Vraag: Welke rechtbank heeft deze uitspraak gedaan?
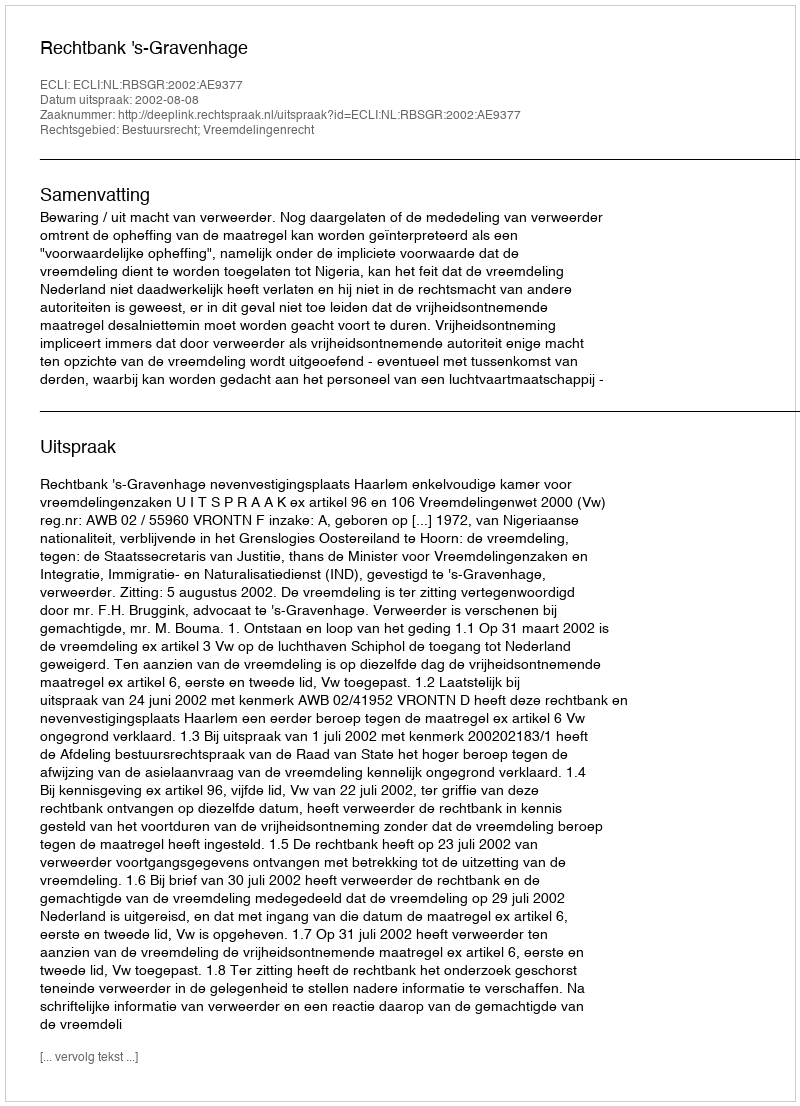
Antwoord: Rechtbank 's-Gravenhage